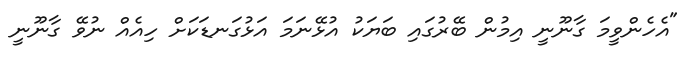
"އެހެންވީމަ ގާނޫނީ އިމުން ބޭރުގައި ބަޔަކު އުޅޭނަމަ އަޅުގަނޑަކަށް ހިއެއް ނުވޭ ގާނޫނީ